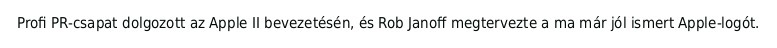
Profi PR-csapat dolgozott az Apple II bevezetésén, és Rob Janoff megtervezte a ma már jól ismert Apple-logót.